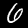
Label: 6